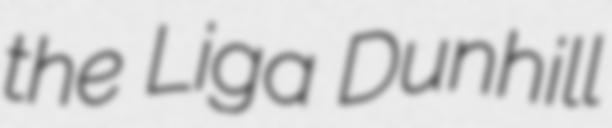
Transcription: the Liga Dunhill